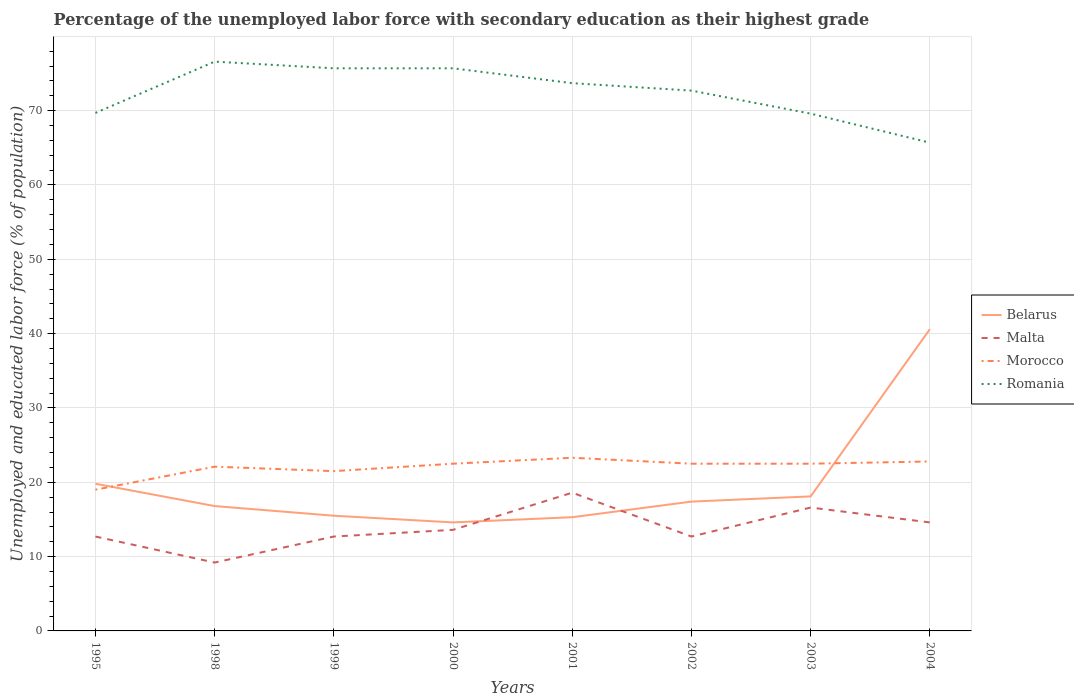
| Years | Belarus | Malta | Morocco | Romania |
 | --- | --- | --- | --- | --- |
 | 1995 | 19.8 | 12.7 | 19 | 69.7 |
 | 1998 | 16.8 | 9.2 | 22.1 | 76.6 |
 | 1999 | 15.5 | 12.7 | 21.5 | 75.7 |
 | 2000 | 14.6 | 13.6 | 22.5 | 75.7 |
 | 2001 | 15.3 | 18.6 | 23.3 | 73.7 |
 | 2002 | 17.4 | 12.7 | 22.5 | 72.7 |
 | 2003 | 18.1 | 16.6 | 22.5 | 69.6 |
 | 2004 | 40.6 | 14.6 | 22.8 | 65.7 |